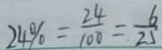
2 4 \% = \frac { 2 4 } { 1 0 0 } = \frac { 6 } { 2 5 }